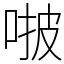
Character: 𠵿